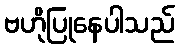
ဗဟိုပြုနေပါသည်